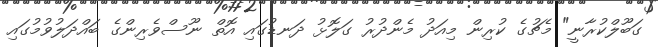
ގަބޫލްކުރާނީ" މެޗުގެ ކުރިން މިއަދު މެންދުރު ގަލޮޅު ދަނޑުގައި އޮތް ނޫސްވެރިންގެ ބައްދަލުވުމުގައި